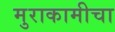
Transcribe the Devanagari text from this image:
मुराकामीचा